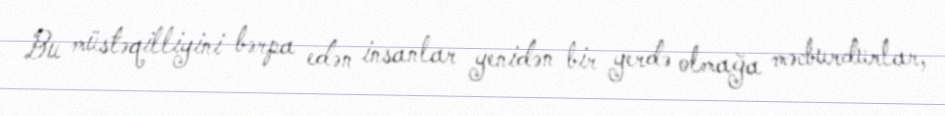
Bu müstəqilliyini bərpa edən insanlar yenidən bir yerdə olmağa məcburdurlar,